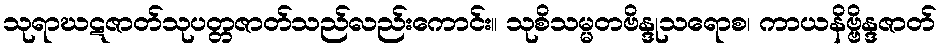
သုရာဃဋဇာတ်သုပတ္တဇာတ်သည်လည်းကောင်း။ သုစိသမ္မတဗိန္ဒုသရောစ၊ ကာယနိဗ္ဗိန္ဒဇာတ်